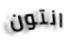
انتون